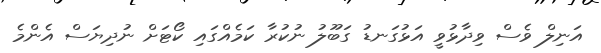
އަނިލް ވެސް ވިދާޅުވީ އަޅުގަނޑު ގަބޫލު ނުކުރާ ކަމެއްގައި ކޯޓަށް ނުދިޔަސް އެންމެ